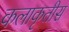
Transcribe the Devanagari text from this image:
कलाकृतीस